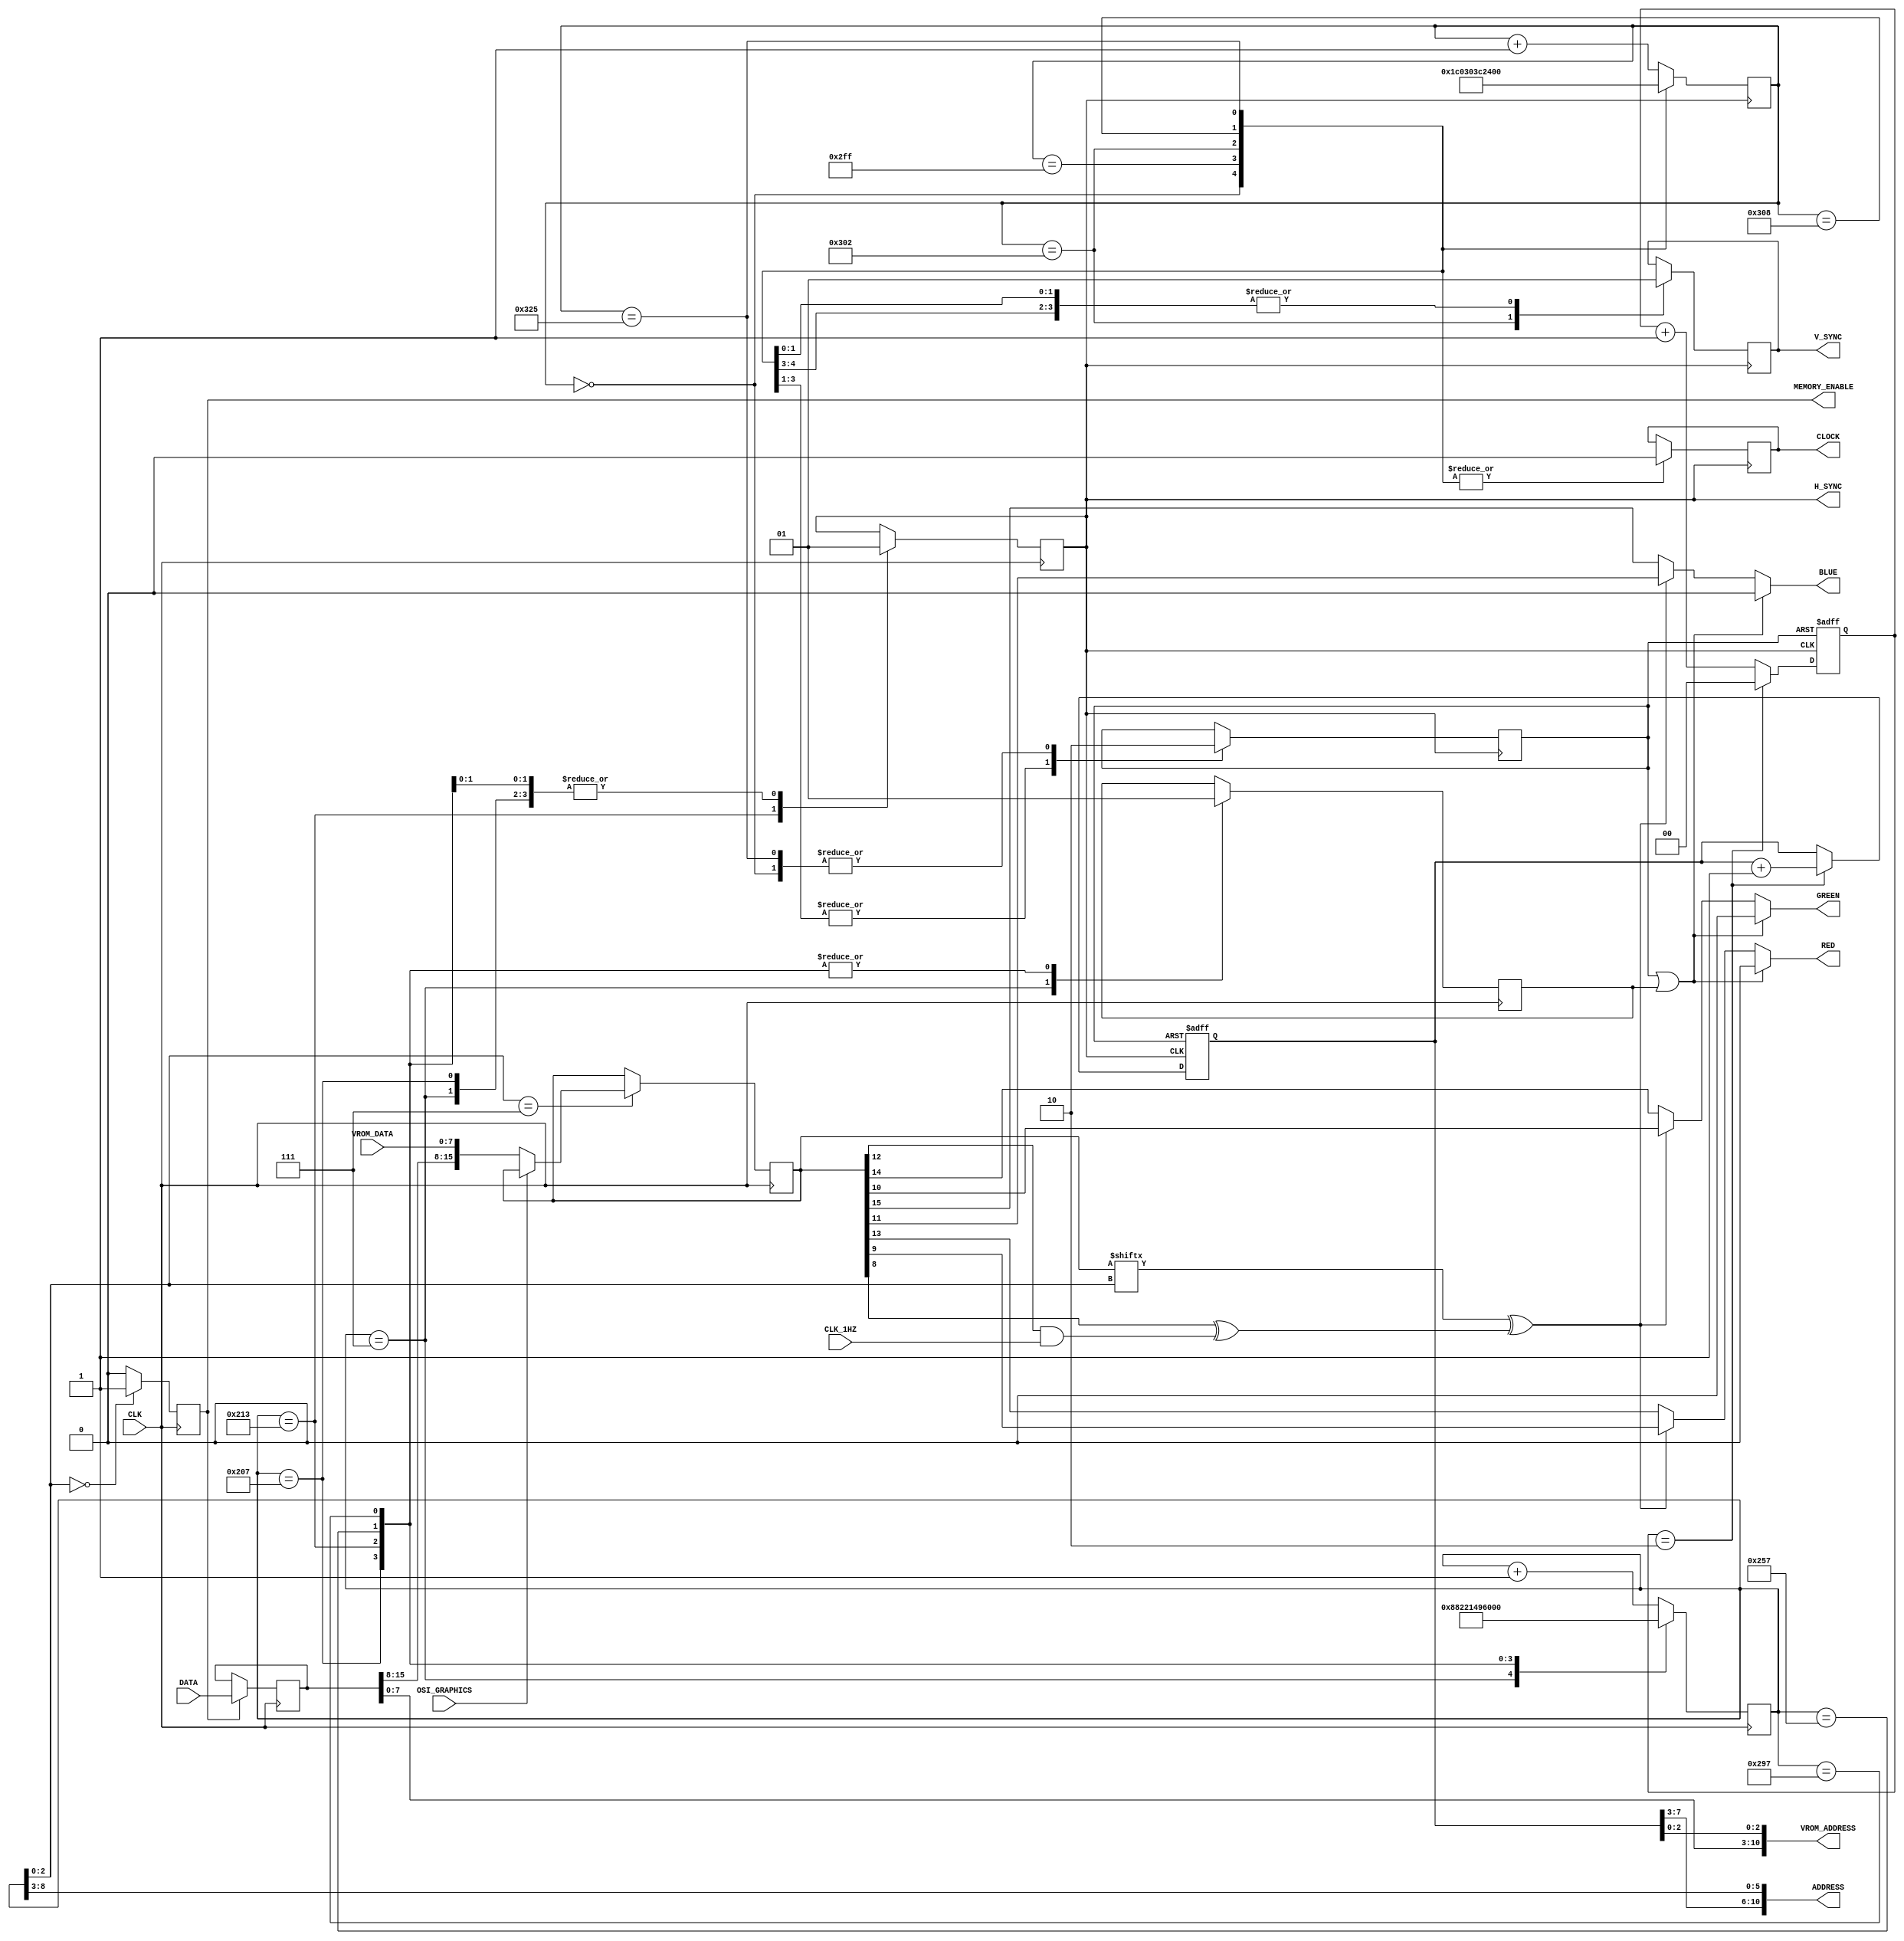
/* Hires mode is 64 * 8 dots x 32 * 8 lines
	It starts at address 0x8000 to 0x9FFF
	The last 16K of RAM

	Maybe read x16 for color
	Write upper 8 by reading lower 8? Each two bits
	per pixel would then be address of palette?
	Default Palette would be 00 is Black and 01 is White
	for compatibility?
	Also maybe add Palette support for forground and background colors.
*/
module VIDEO
(
CLK,						// Bit clock (25 MHz)
ADDRESS,					// Video RAM address
DATA,						// Video RAM data (16 bits wide)
MEMORY_ENABLE,				// Video RAM enable
RED,
GREEN,
BLUE,
H_SYNC,
V_SYNC,
VROM_ADDRESS,				// Video ROM address
VROM_DATA,					// Video ROM data
OSI_GRAPHICS,				// Graphics mode
CLOCK,					// CLOCK display switch (line 33)
CLK_1HZ
);
input				CLK;						// 37.5 MHz
output [10:0]		ADDRESS;
input  [15:0]		DATA;
output			MEMORY_ENABLE;
reg				MEMORY_ENABLE;
output			RED;
output			GREEN;
output			BLUE;
output			H_SYNC;
reg				H_SYNC;
output			V_SYNC;
reg				V_SYNC;
output [10:0]		VROM_ADDRESS;
input	 [7:0]		VROM_DATA;
input				OSI_GRAPHICS;
input				CLK_1HZ;
output			CLOCK;

reg				H_BLANKING;
reg				V_BLANKING;
reg	[15:0]		CHARACTER;
reg	[15:0]		PIXELS;
reg	[9:0]			H_ADD;
reg	[9:0]			V_LINE;
reg	[7:0]			V_ADD;
reg	[1:0]			LINE;
reg				CLOCK;
wire				DOT;
/*****************************************************************************
* READ Video RAM and latch the character
******************************************************************************/
assign ADDRESS = {V_ADD[7:3],H_ADD[8:3]};				// 64 x 32 = {v(32), h(64)}
always @(negedge CLK)
begin
//	Start RAM read, on pixel 0
	if(H_ADD[2:0] == 3'b000)
		MEMORY_ENABLE <= 1'b1;
	else
		MEMORY_ENABLE <= 1'b0;
// Capture RAM character, on pixel 1 which requires 40 nS or better memory
	if(MEMORY_ENABLE)
		CHARACTER <= DATA;
	else
		CHARACTER <= CHARACTER;
end
/*****************************************************************************
* Read the video ROM
******************************************************************************/
assign VROM_ADDRESS = {CHARACTER[7:0], V_ADD[2:0]};	// 256 characters x 8 lines
always @(negedge CLK)
begin
	if(H_ADD[2:0] == 3'b111)
	begin
		if(~OSI_GRAPHICS)
			PIXELS <= {CHARACTER[15:8], VROM_DATA};
	end
end
/*****************************************************************************
* Color Video Signals
*
*	PIXELS[7:0]		= Horizontal Dots
*	PIXELS[8] 		= Inverse video
*	PIXELS[11:9]	= Foreground color Blue, Green, Red
*	PIXELS[12]		= Blinking
*	PIXELS[15:13]	= Background color Blue, Green, Red
******************************************************************************/
assign DOT		=	PIXELS[H_ADD[2:0]];
assign RED		=	(V_BLANKING | H_BLANKING)				?	1'b0:			// Border (BLACK)
				(DOT ^ (PIXELS[8] ^ (PIXELS[12] & CLK_1HZ)))	?  	PIXELS[9]:		// Foreground
													PIXELS[13];		// Background

assign GREEN	=	(V_BLANKING | H_BLANKING)				?	1'b0:
				(DOT ^ (PIXELS[8] ^ (PIXELS[12] & CLK_1HZ)))	?	PIXELS[10]:
													PIXELS[14];

assign BLUE		=	(V_BLANKING | H_BLANKING)				?	1'b0:
				(DOT ^ (PIXELS[8] ^ (PIXELS[12] & CLK_1HZ)))	?	PIXELS[11]:
													PIXELS[15];
/****************************************************
* Horizontal
*****************************************************/
always @(negedge CLK)
	case(H_ADD)
		10'd7:								// 7 - First Pixel
		begin
			H_BLANKING <= 1'b0;					// Turn off blanking
			H_SYNC <= 1'b1;						// Not H Sync
			H_ADD  <= 10'd8;						// Next step
		end
		10'd519:								// 519 - First non-Pixel
		begin
			H_BLANKING <= 1'b1;					// Turn on blanking
			H_SYNC <= 1'b1;						// Not H Sync
			H_ADD  <= 10'd520;
		end
		10'd531:								// 605 = 660 - 55 = Start HSync
		begin
			H_BLANKING <= 1'b1;
			H_SYNC <= 1'b0;						// Start H Sync
			H_ADD  <= 10'd532;
		end
		10'd599:								// 701 = 756 - 55 = End HSync
		begin
			H_BLANKING <= 1'b1;
			H_SYNC <= 1'b1;						// End H Sync
			H_ADD  <= 10'd600;
		end
		10'd663:								//  End Frame
		begin
			H_BLANKING <= 1'b1;
			H_SYNC <= 1'b1;
			H_ADD  <= 10'd0;
		end
		default:
			H_ADD <= H_ADD + 1;
	endcase
/*******************************************************
* Verticle
********************************************************/
always @(negedge H_SYNC or posedge V_BLANKING)
begin
	if(V_BLANKING)
	begin
		LINE <= 2'b00;
		V_ADD <= 8'h00;
	end
	else
	begin
		case(LINE)
		2'b10:
		begin
			LINE <= 2'b00;
			V_ADD <= V_ADD + 1;
		end
		default:
		begin
			LINE <= LINE + 1;
		end
		endcase
	end
end

always @(negedge H_SYNC)
	case(V_LINE)
		10'd000:
		begin
			V_BLANKING <= 1'b0;					// Turn off blanking
			CLOCK <= 1'b0;
			V_SYNC <= 1'b1;						// No V Sync
			V_LINE  <= 10'd001;
		end
//		10'd759:
//		begin
//			V_BLANKING <= 1'b0;					// Turn off blanking
//			CLOCK <= 1'b1;
//			V_SYNC <= 1'b1;						// No V Sync
//			V_LINE  <= 10'd760;
//		end
		10'd767:
		begin
			V_BLANKING <= 1'b1;					// Turn on blanking
			CLOCK <= 1'b0;
			V_SYNC <= 1'b1;						// No V Sync
			V_LINE  <= 10'd768;
		end
		10'd770:
		begin
			V_BLANKING <= 1'b1;					// Turn on blanking
			CLOCK <= 1'b0;
			V_SYNC <= 1'b0;						// V Sync
			V_LINE  <= 10'd771;
		end
		10'd776:
		begin
			V_BLANKING <= 1'b1;					// Turn on blanking
			CLOCK <= 1'b0;
			V_SYNC <= 1'b1;						// No V Sync
			V_LINE  <= 10'd777;
		end
		10'd805:
		begin
			V_BLANKING <= 1'b0;					// Turn off blanking
			CLOCK <= 1'b0;
			V_SYNC <= 1'b1;						// No V Sync
			V_LINE  <= 10'd000;
		end
		default:
			V_LINE <= V_LINE + 1;
	endcase
endmodule